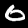
Label: 0